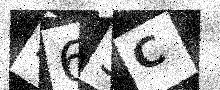
Text: M63C